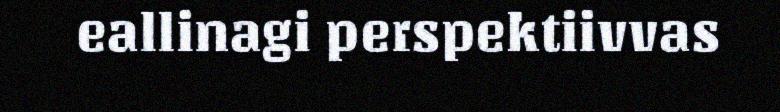
eallinagi perspektiivvas